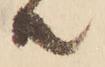
共